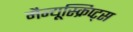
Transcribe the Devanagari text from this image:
मैन्यूस्क्रिप्ट्स